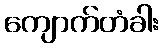
ကျောက်တံခါး